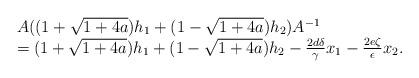
LaTeX: \begin{align*}\begin{array}{l}A((1 + \sqrt{1+4a} ) h_1+(1 - \sqrt{1+4a} ) h_2)A^{-1}\\ = (1 + \sqrt{1+4a} ) h_1 +(1 -\sqrt{1+4a} ) h_2 -\frac{2d\delta}{\gamma} x_1 -\frac{2e\zeta}{\epsilon} x_2. \end{array} \end{align*}